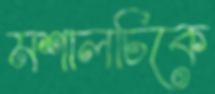
মশালচিকে